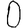
Digit: 0